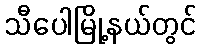
သီပေါမြို့နယ်တွင်